Civil Veterinary Department Bengal reports 1923-33 - 1923-1933
Year: 1923
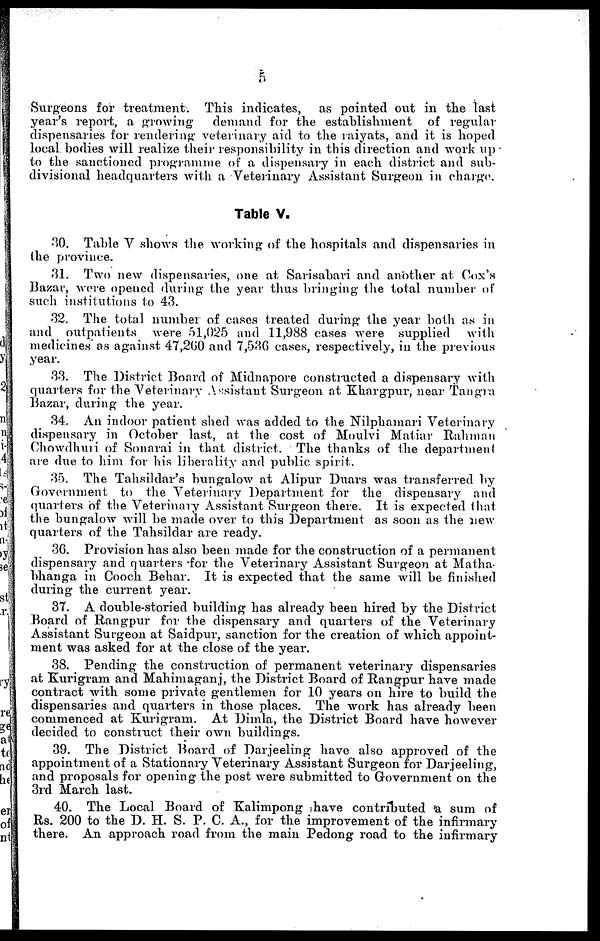
Surgeons for treatment. This indicates, as pointed out in the last
year's report, a growing
demand for the establishment of regular
dispensaries for rendering veterinary aid to the raiyats, and it is hoped
local bodies will realize their responsibility in this direction and work up
to the sanctioned programme of a dispensary in each district and sub-
divisional headquarters with a Veterinary Assistant Surgeon in charge.
Table V.
30. Table V shows the working of the hospitals and dispensaries in
the province.
31. Two new dispensaries, one at Sarisabari and another at Cox's
Bazar, were opened during the year thus bringing the total number of
such institutions to 43.
32. The total number of cases treated during the year both as in
and outpatients were 51,025 and 11,988 cases were supplied
with
medicines as against 47,260 and 7,536 cases, respectively, in the previous
year.
33. The District Board of Midnapore constructed a dispensary with
quarters for the Veterinary Assistant Surgeon at Khargpur, near Tangra
Bazar, during the year.
34. An indoor patient shed was added to the Nilphamari Veterinary
dispensary in October last, at the cost of Moulvi Matiar Rahman
Chowdhuri of Sonarai in that district. The thanks of the department
are due to him for his liberality and public spirit.
35. The Tahsildar's bungalow at Alipur Duars was transferred by
Government to the Veterinary Department for the dispensary and
quarters of the Veterinary Assistant Surgeon there. It is expected that
the bungalow will be made over to this Department as soon as the new
quarters of the Tahsildar are ready.
3G. Provision has also been made for the construction of a permanent
dispensary and quarters for the Veterinary Assistant Surgeon at Matha-
bhanga in Cooch Behar. It is expected that the same will be finished
during the current year.
37. A double-storied building has already been hired by the District
Board of Rangpur for the dispensary and quarters of the Veterinary
Assistant Surgeon at Saidpur, sanction for the creation of which appoint-
ment was asked for at the close of the year.
38. Pending the construction of permanent veterinary dispensaries
at Kurigram and Mahimaganj, the District Board of Rangpur have made
contract with some private gentlemen for 10 years on hire to build the
dispensaries and quarters in those places. The work has already been
commenced at Kurigram. At Dimla, the District Board have however
decided to construct their own buildings.
39. The District Board of Darjeeling have also approved of the
appointment of a Stationary Veterinary Assistant Surgeon for Darjeeling,
and proposals for opening the post were submitted to Government on the
3rd March last.
40. The Local Board of Kalimpong have contributed a sum of
Rs. 200 to the D. H. S. P. C. A., for the improvement of the infirmary
there. An approach road from the main Pedong road to the infirmary